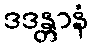
ဒဒန္တာနံ